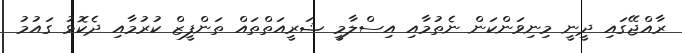
ރާއްޖޭގައި ދީނީ މިނިވަންކަން ނެތުމާއި އިސްލާމީ ޝަރީއަތްތައް ތަންފީޒް ކުރުމާއި ދެކޮޅު ގައުމު